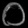
Digit: ၀